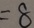
= 8